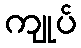
ကျုပ်